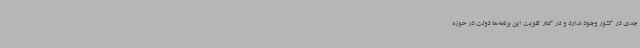
جدی در کشور وجود ندارد و در کنار تقویت این برنامه‌ها دولت در حوزه